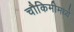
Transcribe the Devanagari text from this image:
चौकिमीमध्ये